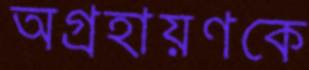
অগ্রহায়ণকে